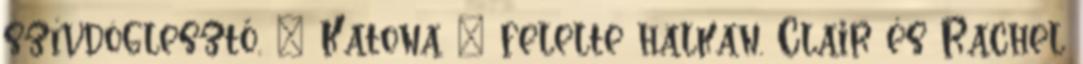
szívdöglesztő. – Katona – felelte halkan. Clair és Rachel